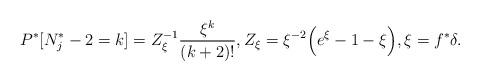
LaTeX: \begin{align*} P^*[N^*_j-2 = k ]= Z_\xi^{-1} \frac{\xi^k}{(k+2)!},Z_\xi = \xi^{-2} \Big(e^\xi - 1 -\xi\Big), \xi = f^*\delta . \end{align*}